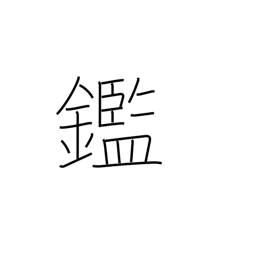
Meaning: learn from